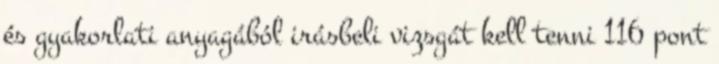
és gyakorlati anyagából irásbeli vizsgát kell tenni 116 pont